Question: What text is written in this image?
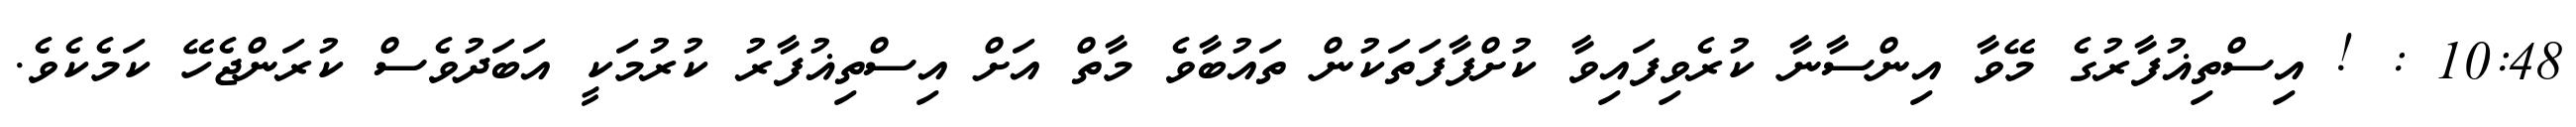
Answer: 10:48 : ! އިސްތިޣުފާރުގެ މޭވާ އިންސާނާ ކުރެވިފައިވާ ކުށްފާފަތަކުން ތައުބާވެ މާތް އަށް އިސްތިޣުފާރު ކުރުމަކީ އަބަދުވެސް ކުރަންޖެހޭ ކަމެކެވެ.